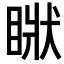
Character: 𥇺